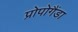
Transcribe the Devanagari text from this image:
प्रोपोगैंडा